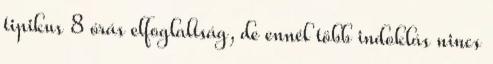
tipikus 8 órás elfoglaltság, de ennél több indoklás nincs